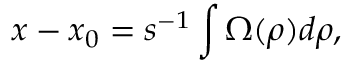
x - x _ { 0 } = s ^ { - 1 } \int \Omega ( \rho ) d \rho ,